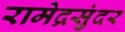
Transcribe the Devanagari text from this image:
रामेद्रसुंदर